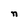
Character: n